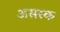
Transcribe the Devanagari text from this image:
असस्क